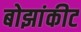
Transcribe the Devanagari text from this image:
बोझांकीट